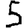
Digit: 5